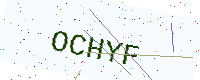
Text: OCHYF